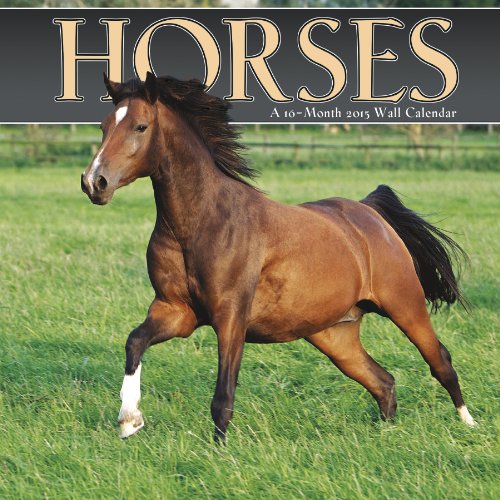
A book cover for Horses 2015 Wall Calendar; Trends International; Calendars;